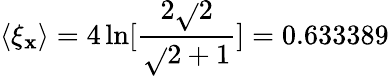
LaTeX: \langle\xi_{\mathbf{x}}\rangle=4\ln[\frac{{2\sqrt{}{{2}}}}{{\sqrt{}{{2}}+1}}]=0.633389